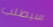
سيطلب